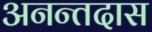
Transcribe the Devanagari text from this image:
अनन्तदास